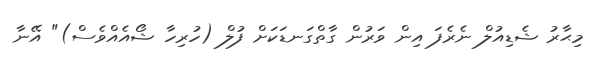
މިޙާރު ޝެޑިއުލް ނެރެފަ އިން ވަރުން ގާތްގަނޑަކަށް ފުލް (ހުރިހާ ޝޯއެއްވެސް)" އޭނާ